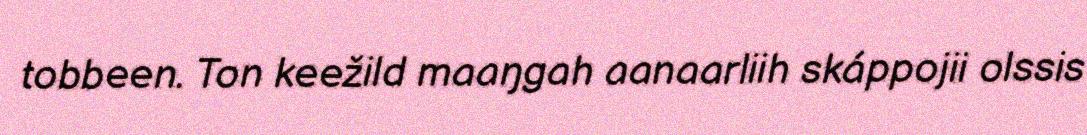
tobbeen. Ton keežild maaŋgah aanaarliih skáppojii olssis